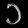
Digit: ၁